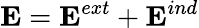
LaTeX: {\mathbf E}={\mathbf E}^{ext}+{\mathbf E}^{ind}